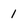
Character: 1